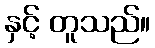
နှင့် တူသည်။